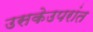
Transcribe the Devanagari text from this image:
उसकेउपरांत